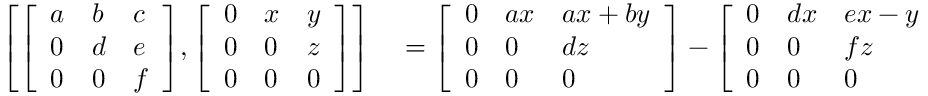
\begin{array} { r l } { \left[ { \left[ \begin{array} { l l l } { a } & { b } & { c } \\ { 0 } & { d } & { e } \\ { 0 } & { 0 } & { f } \end{array} \right] } , { \left[ \begin{array} { l l l } { 0 } & { x } & { y } \\ { 0 } & { 0 } & { z } \\ { 0 } & { 0 } & { 0 } \end{array} \right] } \right] } & { { } = { \left[ \begin{array} { l l l } { 0 } & { a x } & { a x + b y } \\ { 0 } & { 0 } & { d z } \\ { 0 } & { 0 } & { 0 } \end{array} \right] } - { \left[ \begin{array} { l l l } { 0 } & { d x } & { e x - y f } \\ { 0 } & { 0 } & { f z } \\ { 0 } & { 0 } & { 0 } \end{array} \right] } } \end{array}